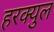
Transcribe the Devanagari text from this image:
हरक्युल